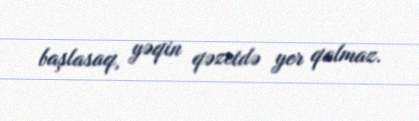
başlasaq, yəqin qəzetdə yer qalmaz.